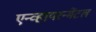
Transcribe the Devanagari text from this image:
एन्व्हायरन्मेंटल